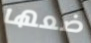
ضعها